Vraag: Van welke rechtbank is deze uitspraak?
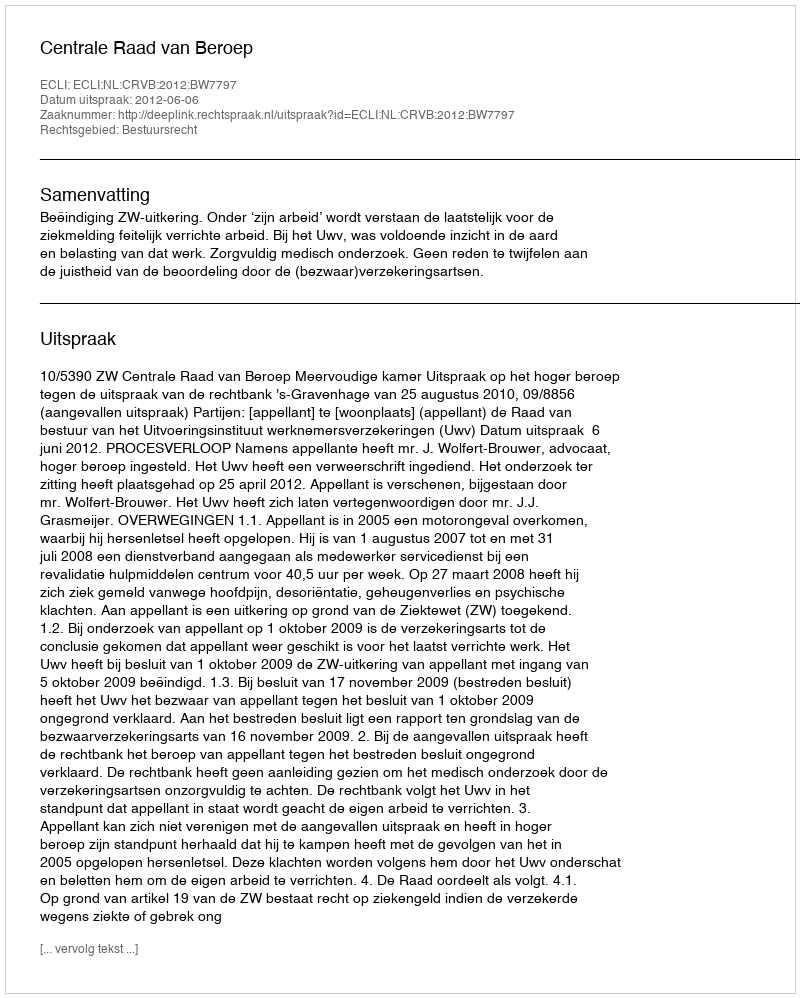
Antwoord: Centrale Raad van Beroep